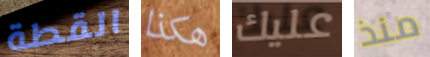
القطة هكذا عليك منذ